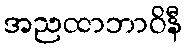
အညထာဘာဝိနီ